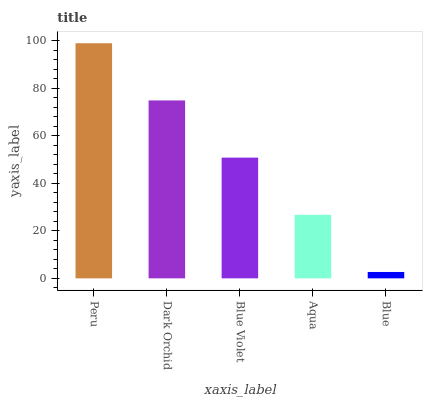
| xaxis_label | bars |
 | --- | --- |
 | Peru | 99 |
 | Dark Orchid | 74.9 |
 | Blue Violet | 50.8 |
 | Aqua | 26.8 |
 | Blue | 2.68 |